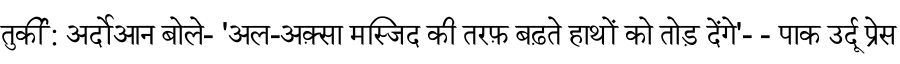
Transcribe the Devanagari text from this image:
तुर्की: अर्दोआन बोले- 'अल-अक़्सा मस्जिद की तरफ़ बढ़ते हाथों को तोड़ देंगे'- - पाक उर्दू प्रेस